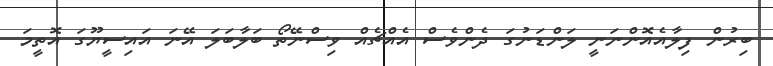
ބިރުން ފިލާއެއޮންނަނީ ލަންޑަނުގަ ދެންވެސް އެއްޗެއް ވިސްނޭތޯ ބަލާބަލަ އޭނަ އައިސީޔޫގަ އޮތީމަ